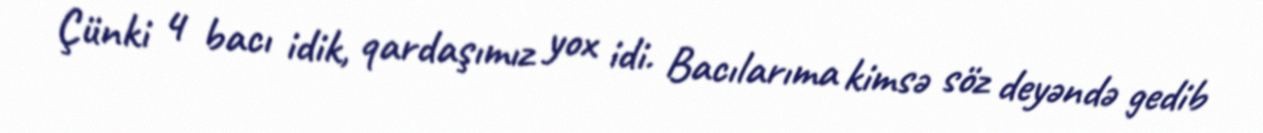
Çünki 4 bacı idik, qardaşımız yox idi. Bacılarıma kimsə söz deyəndə gedib